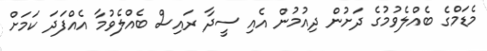
މެޑަމްގެ ބެއްލެވުމުގެ ދަށުން ދިއުމުން އެއި ސީދާ ރައިސް ބެއްލެވުމާ އެއްފަދަ ކަމަށް